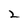
Character: 2